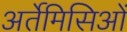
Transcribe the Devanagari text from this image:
अर्तेमिसिओं